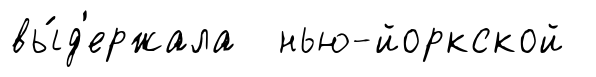
вы́д'ержала нью-йоркской